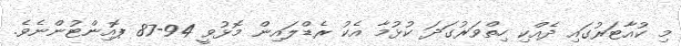
މި ކުއާޓަރުގައި ދެއްކި ހިތްވަރުގަދަ ކުޅުމާ އެކު ރެޑްލައިން މޮޅުވީ 94-87 ޕޮއިންޓުންނެވެ.